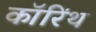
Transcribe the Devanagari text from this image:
कॉरिंथ